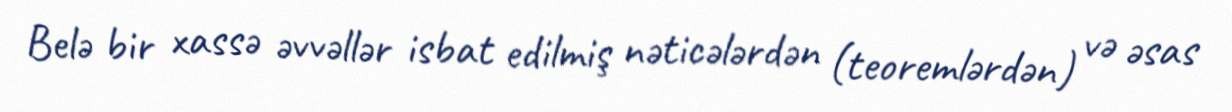
Belə bir xassə əvvəllər isbat edilmiş nəticələrdən (teoremlərdən) və əsas